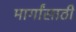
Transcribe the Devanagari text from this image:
मार्गांसाठी